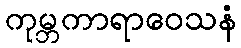
ကုမ္ဘကာရာဝေသနံ